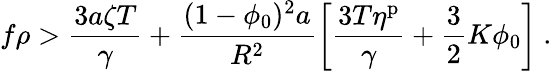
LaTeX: f\rho>\frac{3a\zeta T}{\gamma}+\frac{(1-\phi_{0})^{2}a}{R^{2}}\left[\frac{3T\eta^{\mathrm{p}}}{\gamma}+\frac{3}{2}K\phi_{0}\right]\ .